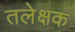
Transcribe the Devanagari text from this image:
तलेक्षक